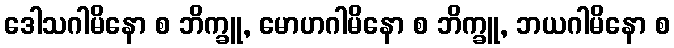
ဒေါသဂါမိနော စ ဘိက္ခူ, မောဟဂါမိနော စ ဘိက္ခူ, ဘယဂါမိနော စ